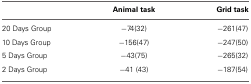
<table><thead><tr><td>[EMPTY_CELL]</td><td><b>Animal task</b></td><td><b>Grid task</b></td></tr></thead><tbody><tr><td>20 Days Group</td><td>−74(32)</td><td>−261(47)</td></tr><tr><td>10 Days Group</td><td>−156(47)</td><td>−247(50)</td></tr><tr><td>5 Days Group</td><td>−43(75)</td><td>−265(32)</td></tr><tr><td>2 Days Group</td><td>−41 (43)</td><td>−187(54)</td></tr></tbody></table>